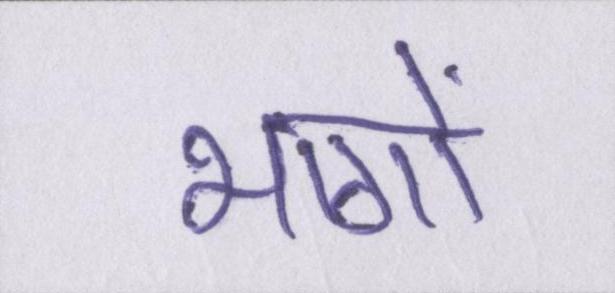
भागों